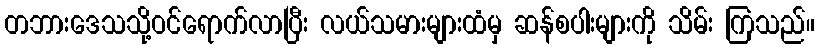
တဘားဒေသသို့ဝင်ရောက်လာပြီး လယ်သမားများထံမှ ဆန်စပါးများကို သိမ်း ကြသည်။